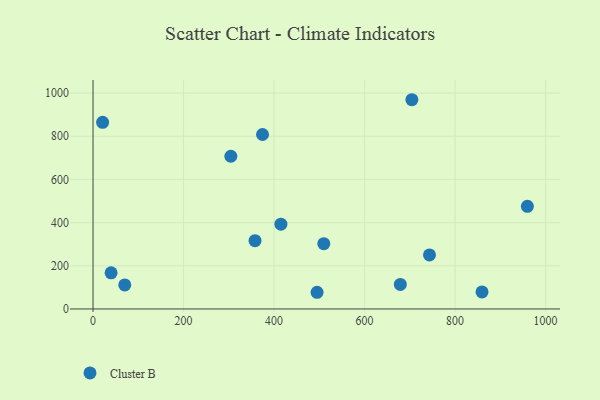
{"axis": {"x": "Distance", "y": "Yield"}, "legend": ["Cluster B"], "data": [{"x": "509.9", "y": 302.4, "type": "Cluster B"}, {"x": "39.9", "y": 167.3, "type": "Cluster B"}, {"x": "374.5", "y": 808.1, "type": "Cluster B"}, {"x": "679.0", "y": 113.7, "type": "Cluster B"}, {"x": "959.7", "y": 475.6, "type": "Cluster B"}, {"x": "495.0", "y": 77.3, "type": "Cluster B"}, {"x": "21.2", "y": 864.4, "type": "Cluster B"}, {"x": "70.1", "y": 111.3, "type": "Cluster B"}, {"x": "304.5", "y": 707.4, "type": "Cluster B"}, {"x": "859.5", "y": 79.0, "type": "Cluster B"}, {"x": "704.5", "y": 969.3, "type": "Cluster B"}, {"x": "357.9", "y": 316.2, "type": "Cluster B"}, {"x": "415.1", "y": 392.6, "type": "Cluster B"}, {"x": "743.4", "y": 250.1, "type": "Cluster B"}]}